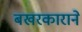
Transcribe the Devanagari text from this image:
बखरकाराने